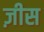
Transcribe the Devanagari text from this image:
ज़ीस